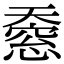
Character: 𫯸